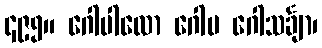
၄၉၅။ ဂေါပါလော ဂေါပ ဂေါသင်္ချာ၊